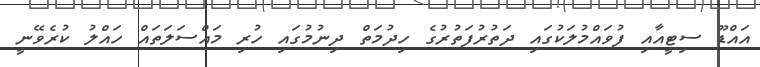
އައްޑޫ ސިޓީއާއި ފުވައްމުލަކުގައި ދަތުރުފަތުރުގެ ހިދުމަތް ދިނުމުގައި ހުރި މައްސަލަތައް ހައްލު ކުރެވޭނީ